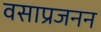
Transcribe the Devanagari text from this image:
वसाप्रजनन